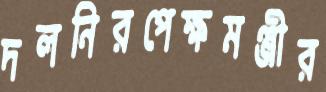
দলনিরপেক্ষমঞ্জীর